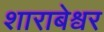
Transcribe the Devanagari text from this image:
शाराबेश्वर